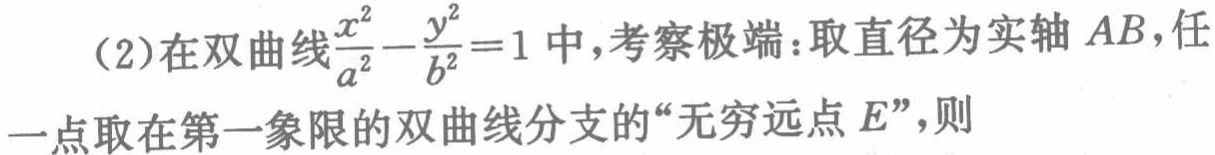
(2)在双曲线$\frac{x^{2}}{a^{2}}-\frac{y^{2}}{b^{2}} = 1$中,考察极端:取直径为实轴$AB$,任一点取在第一象限的双曲线分支的“无穷远点$E$”,则